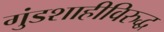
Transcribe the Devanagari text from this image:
गुंडशाहीविरुद्ध